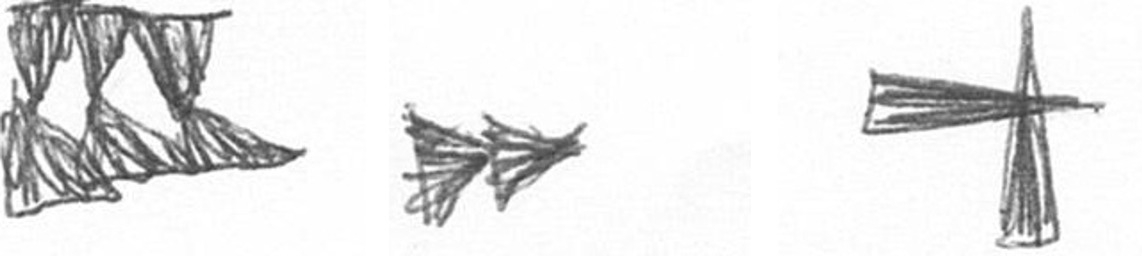
D A G